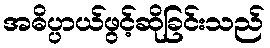
အဓိပ္ပာယ်ဖွင့်ဆိုခြင်းသည်